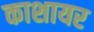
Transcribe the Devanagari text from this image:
काशायर